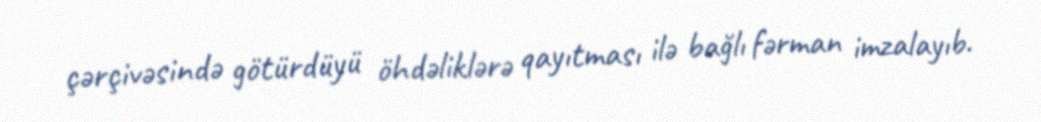
çərçivəsində götürdüyü öhdəliklərə qayıtması ilə bağlı fərman imzalayıb.